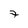
Character: 7